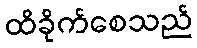
ထိခိုက်စေသည်